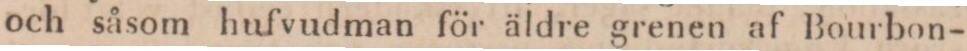
och såsom hufvudman för äldre grenen af Bourbon-